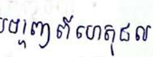
បង្ហាញពីហេតុផល